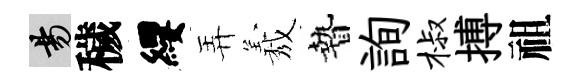
昜穢纓弄𦏁贄詢椒搏祖